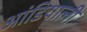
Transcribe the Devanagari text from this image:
आंडियाली